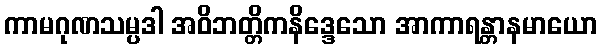
ကာမဂုဏသမ္ပဒါ အဝိဘတ္တိကနိဒ္ဒေသော အာကာရန္တာနမာယော